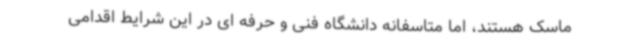
ماسک هستند، اما متاسفانه دانشگاه فنی و حرفه ای در این شرایط اقدامی